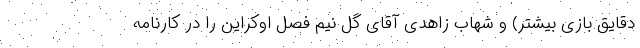
دقایق بازی بیشتر) و شهاب زاهدی آقای گل نیم فصل اوکراین را در کارنامه